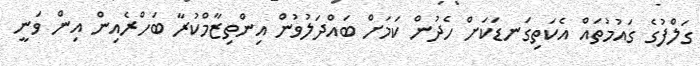
ގަލްފުގެ ގައުމުތައް އެކަތިގަނޑަކަށް ހެދުން ކަމަށް ބައްދަލުވުން އިންތިޒާމްކުރާ ބަހްރެއިން އިން ވަނީ